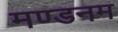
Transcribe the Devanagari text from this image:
मण्‍डनम